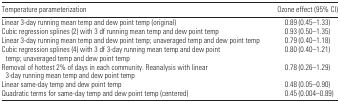
<table><thead><tr><td><b>Temperature parameterization</b></td><td><b>Ozone effect (95% CI)</b></td></tr></thead><tbody><tr><td>Linear 3-day running mean temp and dew point temp (original)</td><td>0.89 (0.45–1.33)</td></tr><tr><td>Cubic regression splines (2) with 3 df running mean temp and dew point temp</td><td>0.93 (0.50–1.35)</td></tr><tr><td>Linear 3-day running mean temp and dew point temp; unaveraged temp and dew point temp</td><td>0.79 (0.40–1.18)</td></tr><tr><td>Cubic regression splines (4) with 3 df 3-day running mean temp and dew point temp; unaveraged temp and dew point temp</td><td>0.80 (0.40–1.21)</td></tr><tr><td>Removal of hottest 2% of days in each community. Reanalysis with linear 3-day running mean temp and dew point temp</td><td>0.78 (0.26–1.29)</td></tr><tr><td>Linear same-day temp and dew point temp</td><td>0.48 (0.05–0.90)</td></tr><tr><td>Quadratic terms for same-day temp and dew point temp (centered)</td><td>0.45 (0.004–0.89)</td></tr></tbody></table>